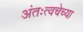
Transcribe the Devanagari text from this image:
अंतःत्वचेच्या